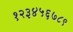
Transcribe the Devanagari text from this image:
१२३४५६७८९